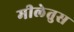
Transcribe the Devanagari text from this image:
मीलेतुस